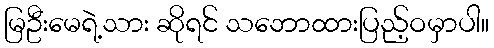
မြဦးမေရဲ့သား ဆိုရင် သဘောထားပြည့်ဝမှာပါ။